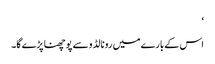
‘
اس کے بارے میں رونالڈو سے پوچھنا پڑے گا۔